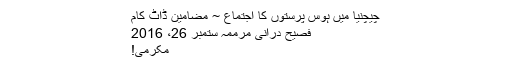
چیچنیا میں ہوس پرستوں کا اجتماع ~ مضامین ڈاٹ کام
فصیح درانی مرممہ ستمبر 26، 2016
مکرمی!